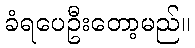
ခံရပေဦးတော့မည်။